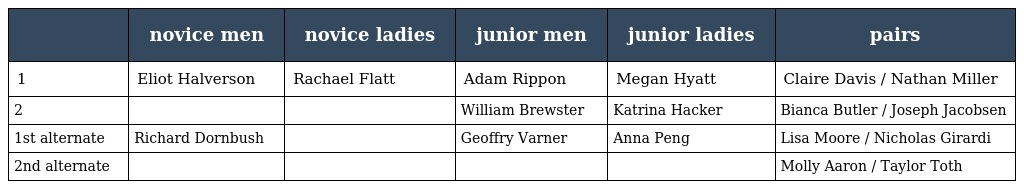
|  | novice men | novice ladies | junior men | junior ladies | pairs |
 | --- | --- | --- | --- | --- | --- |
 | 1 | Eliot Halverson | Rachael Flatt | Adam Rippon | Megan Hyatt | Claire Davis / Nathan Miller |
 | 2 |  |  | William Brewster | Katrina Hacker | Bianca Butler / Joseph Jacobsen |
 | 1st alternate | Richard Dornbush |  | Geoffry Varner | Anna Peng | Lisa Moore / Nicholas Girardi |
 | 2nd alternate |  |  |  |  | Molly Aaron / Taylor Toth |